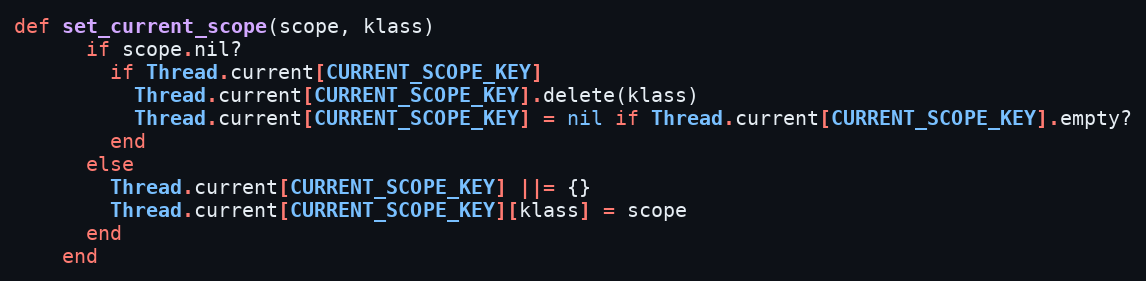
Language: Ruby
def set_current_scope(scope, klass)
      if scope.nil?
        if Thread.current[CURRENT_SCOPE_KEY]
          Thread.current[CURRENT_SCOPE_KEY].delete(klass)
          Thread.current[CURRENT_SCOPE_KEY] = nil if Thread.current[CURRENT_SCOPE_KEY].empty?
        end
      else
        Thread.current[CURRENT_SCOPE_KEY] ||= {}
        Thread.current[CURRENT_SCOPE_KEY][klass] = scope
      end
    end